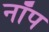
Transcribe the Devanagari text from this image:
नॉप